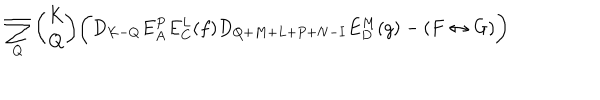
LaTeX: \sum _ { Q } { \binom { K } { Q } } \biggl ( D _ { K - Q } E _ { A } ^ { P } E _ { C } ^ { L } ( f ) D _ { Q + M + L + P + N - I } E _ { D } ^ { M } ( g ) - ( F \leftrightarrow G ) \biggr )